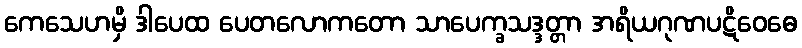
ကေသေဟမှိ ဒါပေထ ပေတလောကတော သာပေက္ခသဒ္ဒတ္တာ အရိယဂုဏပဋိဝေဓေ